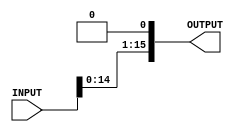
`timescale 1ns / 1ps
//////////////////////////////////////////////////////////////////////////////////
// Company: 
// Engineer: 
// 
// Design Name: 
// Module Name:    Shifter 
// Project Name: 
// Target Devices: 
// Tool versions: 
// Description: 
//
// Dependencies: 
//
// Revision: 
// Revision 0.01 - File Created
// Additional Comments: 
//
//////////////////////////////////////////////////////////////////////////////////
module shifter1b(
    input [15:0] INPUT,
    output [15:0] OUTPUT
    );
	 assign OUTPUT [15:1]  = INPUT[14:0];
	 assign OUTPUT [0]= 0;


endmodule